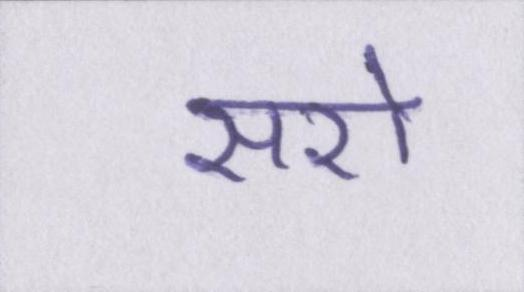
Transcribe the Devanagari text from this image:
सरो